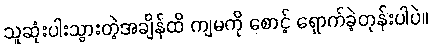
သူဆုံးပါးသွားတဲ့အချိန်ထိ ကျမကို စောင့် ရှောက်ခဲ့တုန်းပါပဲ။